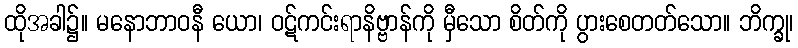
ထိုအခါ၌။ မနောဘာဝနီ ယော၊ ဝဋ်ကင်းရာနိဗ္ဗာန်ကို မှီသော စိတ်ကို ပွားစေတတ်သော။ ဘိက္ခု၊